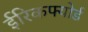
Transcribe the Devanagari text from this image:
ईरिकफ्योर्ड